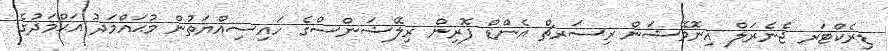
ޑިރެކްޓަރ ޖެނެރަލް އިނޮވޭޝަން ރިސަރޗް އެންޑް ފޮރިން ރިލޭޝަންސްގެ ހައިސިއްޔަތުން މުޙައްމަދު އަޙްމަދުގެ